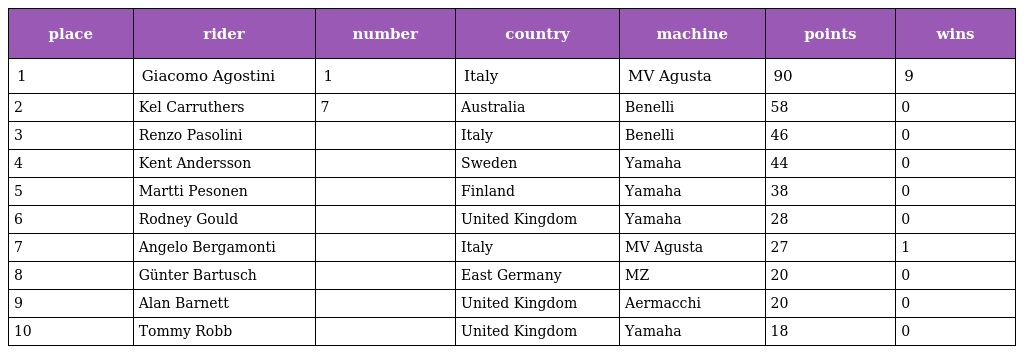
| place | rider | number | country | machine | points | wins |
 | --- | --- | --- | --- | --- | --- | --- |
 | 1 | Giacomo Agostini | 1 | Italy | MV Agusta | 90 | 9 |
 | 2 | Kel Carruthers | 7 | Australia | Benelli | 58 | 0 |
 | 3 | Renzo Pasolini |  | Italy | Benelli | 46 | 0 |
 | 4 | Kent Andersson |  | Sweden | Yamaha | 44 | 0 |
 | 5 | Martti Pesonen |  | Finland | Yamaha | 38 | 0 |
 | 6 | Rodney Gould |  | United Kingdom | Yamaha | 28 | 0 |
 | 7 | Angelo Bergamonti |  | Italy | MV Agusta | 27 | 1 |
 | 8 | Günter Bartusch |  | East Germany | MZ | 20 | 0 |
 | 9 | Alan Barnett |  | United Kingdom | Aermacchi | 20 | 0 |
 | 10 | Tommy Robb |  | United Kingdom | Yamaha | 18 | 0 |